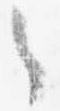
之